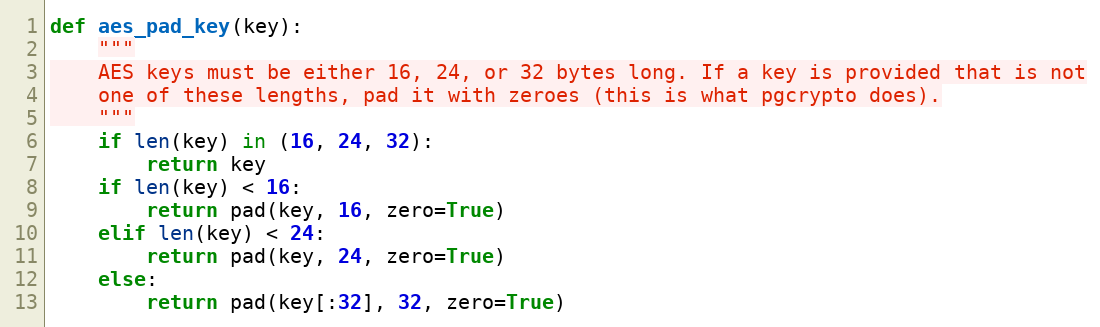
Language: Python
def aes_pad_key(key):
    """
    AES keys must be either 16, 24, or 32 bytes long. If a key is provided that is not
    one of these lengths, pad it with zeroes (this is what pgcrypto does).
    """
    if len(key) in (16, 24, 32):
        return key
    if len(key) < 16:
        return pad(key, 16, zero=True)
    elif len(key) < 24:
        return pad(key, 24, zero=True)
    else:
        return pad(key[:32], 32, zero=True)